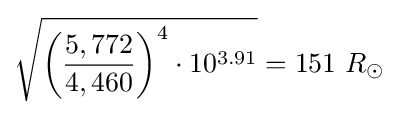
{\sqrt {{\biggl (}{\frac {5,772}{4,460}}{\biggr )}^{4}\cdot 10^{3.91}}}=151\ R_{\odot }